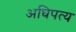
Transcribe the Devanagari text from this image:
अघिपत्य